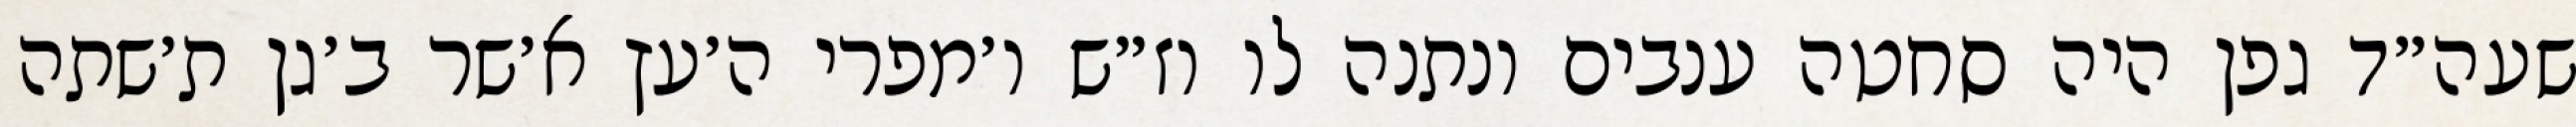
שעה״ד גפן היה סחטה ענבים ונתנה לו וז״ש ו׳מפרי ה׳עץ א׳שר ב׳גן ת׳שתה